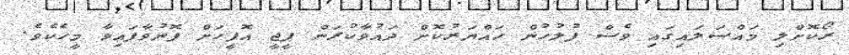
ރޯކޮށްލި މައްސަލައިގައި ވެސް ފުލުހުން ހައްޔަރުކޮށް ދައުވާކުރަން ޕީޖީ އޮފީހަށް ފޮނުވާފައިވާ މީހެކެވެ.